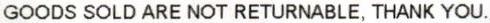
GOODS SOLD ARE NOT RETURNABLE, THANK YOU.